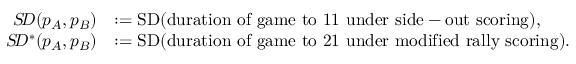
\begin{array} { r l } { S \! D ( p _ { A } , p _ { B } ) } & { : = \mathrm { S D } ( \mathrm { d u r a t i o n ~ o f ~ g a m e ~ t o ~ 1 1 ~ u n d e r ~ s i d e - o u t ~ s c o r i n g } ) , } \\ { S \! D ^ { * } ( p _ { A } , p _ { B } ) } & { : = \mathrm { S D } ( \mathrm { d u r a t i o n ~ o f ~ g a m e ~ t o ~ 2 1 ~ u n d e r ~ m o d i f i e d ~ r a l l y ~ s c o r i n g } ) . } \end{array}